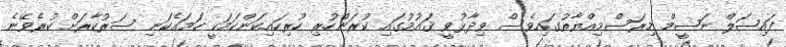
ފައިޞަލް ނަޞީމް މިރަސްމިއްޔާތުގައިވެސް ވިދާޅުވީ ޤައުމުގައި ކުރަންހުރި ހުރިހައިކަންކަމަކީ ހަމައެކަނި ސަރުކާރަށް ކުރެވޭނެ